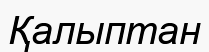
Қалыптан